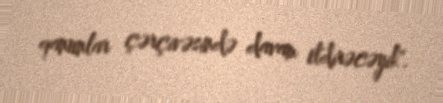
qanunlar çərçivəsində davam etdirəcəyik".